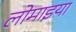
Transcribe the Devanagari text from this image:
लोमाइया